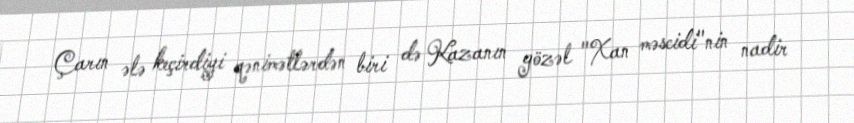
Çarın ələ keçirdiyi qənimətlərdən biri də Kazanın gözəl "Xan məscidi"nin nadir